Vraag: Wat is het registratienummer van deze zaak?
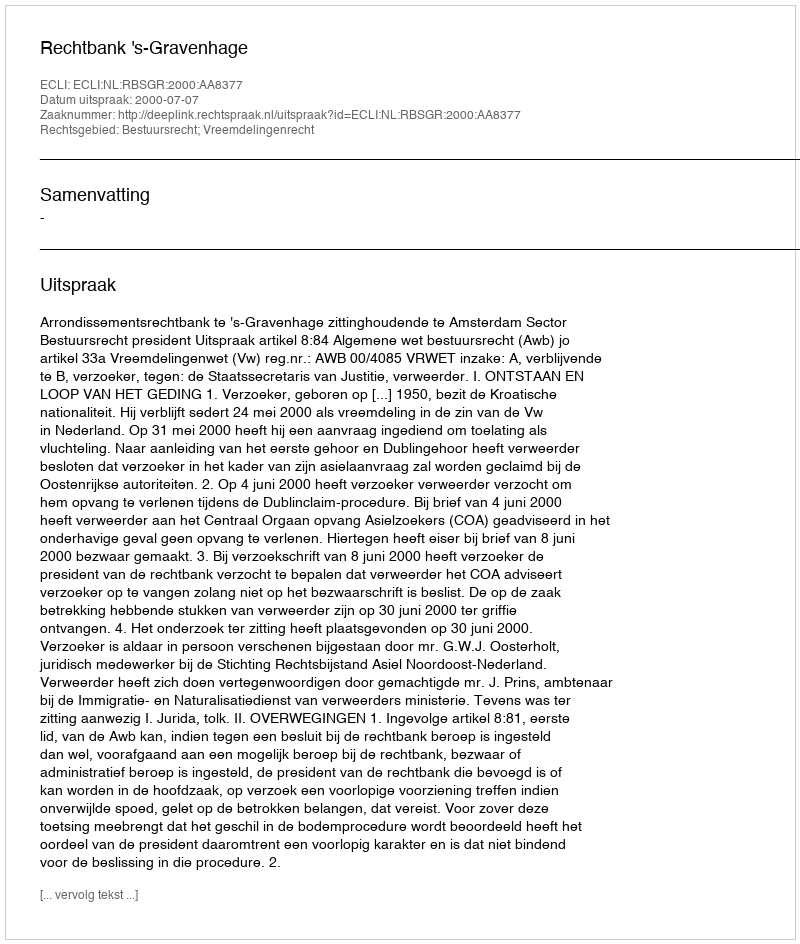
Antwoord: http://deeplink.rechtspraak.nl/uitspraak?id=ECLI:NL:RBSGR:2000:AA8377